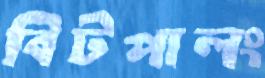
বিটপালং